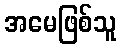
အမေဖြစ်သူ